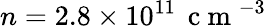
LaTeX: n=2.8\times 10^{11}\, \mathrm{~c~m~}^{-3}